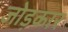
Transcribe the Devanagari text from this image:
जोड़कार